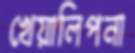
খেয়ালিপনা